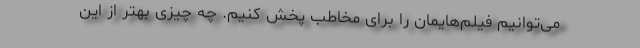
می‌توانیم فیلم‌هایمان را برای مخاطب پخش کنیم. چه چیزی بهتر از این